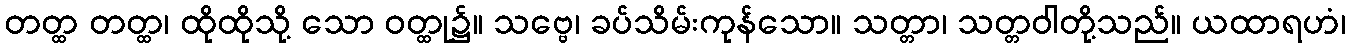
တတ္ထ တတ္ထ၊ ထိုထိုသို့ သော ဝတ္ထု၌။ သဗ္ဗေ၊ ခပ်သိမ်းကုန်သော။ သတ္တာ၊ သတ္တဝါတို့သည်။ ယထာရဟံ၊